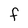
Character: F